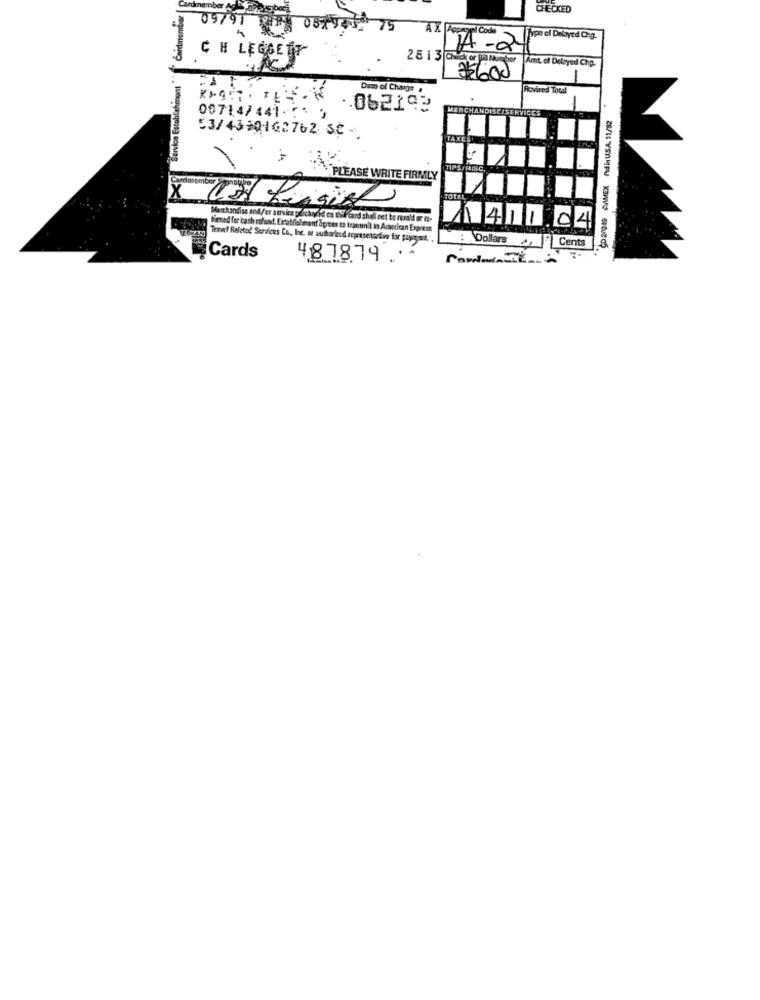
Cardmember
CHECKED
09791
Code
hypo of Delayed Chg.
- a
C H LEGGETT
2513 c
Amt of Delayed Chp.
Service Establishment
$5600
Dam of Change
Rioviaed Total
00714/441.7. ;
.062193
MERCHANDISEIS
53/4390162762 SC -
TIPS/ RISC.
`PLEASE WRITE FIRMLY
TOTAL
Biened for cas
dias and / ex service p
Sahal ret be resold
1411.04
Travel Related Services Co ., Inc. or auth
Arepresenand
DollarsCents
Cards
4878.79 ..